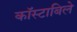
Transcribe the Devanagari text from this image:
काॅस्टाबिले